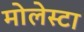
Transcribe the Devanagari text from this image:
मोलेस्टा